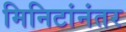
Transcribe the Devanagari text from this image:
मिनिटांनंतर